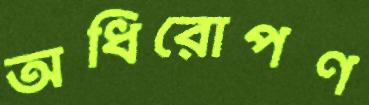
অধিরোপণ